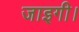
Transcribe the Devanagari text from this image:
जाइगी।